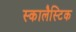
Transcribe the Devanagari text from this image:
स्कालैस्टिक